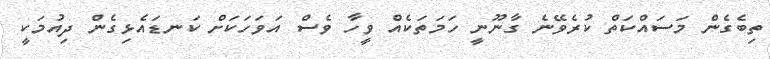
ތިބެގެން މަސައްކަތް ކުރެވޭނެ ގާނޫނީ ހަމަތަކެއް ވީހާ ވެސް އަވަހަކަށް ކަނޑައެޅިގެން ދިއުމަކީ